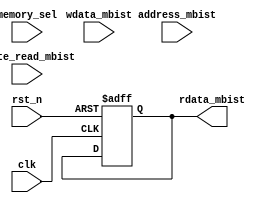
module mbist_mux_demux (clk
                       ,rst_n
                       ,memory_sel
                       ,write_read_mbist
                       ,rdata_mbist
                       ,wdata_mbist
                       ,address_mbist
//DECLEARE WRITE_READ
//DECLEARE RDATA
//DECLEARE WDATA
//DECLEARE ADDRESS
                        );

parameter DATA_WIDTH = 64;
parameter ADDR_WIDTH = 16;

input clk;
input rst_n;
input [2:0]memory_sel;
input write_read_mbist;
input [DATA_WIDTH-1:0] wdata_mbist;
//DECLEARE INPUT RDATA
input [ADDR_WIDTH-1:0] address_mbist;
//DECLEARE OUTPUT WDATA
output [DATA_WIDTH-1:0] rdata_mbist;
//DECLEARE OUTPUT ADDRESS
//DECLEARE OUTPUT WRITE_READ


//REG WDATA
reg [DATA_WIDTH-1:0] rdata_mbist;
//REG ADDRESS
//REG WRITE_READ

always @ (posedge clk or negedge rst_n) begin
    if (!rst_n) begin
        rdata_mbist <= 0;
//RESET WDATA
//RESET ADDRESS
//RESET WRITE_READ
    end
    else begin
//ASSIGN RDATA_MBIST
//ASSIGN ADDRESS 
//ASSIGN WDATA       
//ASSIGN WRITE_READ       
    end
end
endmodule